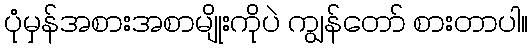
ပုံမှန်အစားအစာမျိုးကိုပဲ ကျွန်တော် စားတာပါ။